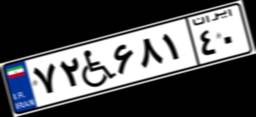
۷۲W۶۸۱۴۰